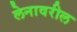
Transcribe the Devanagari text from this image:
लेनावरील